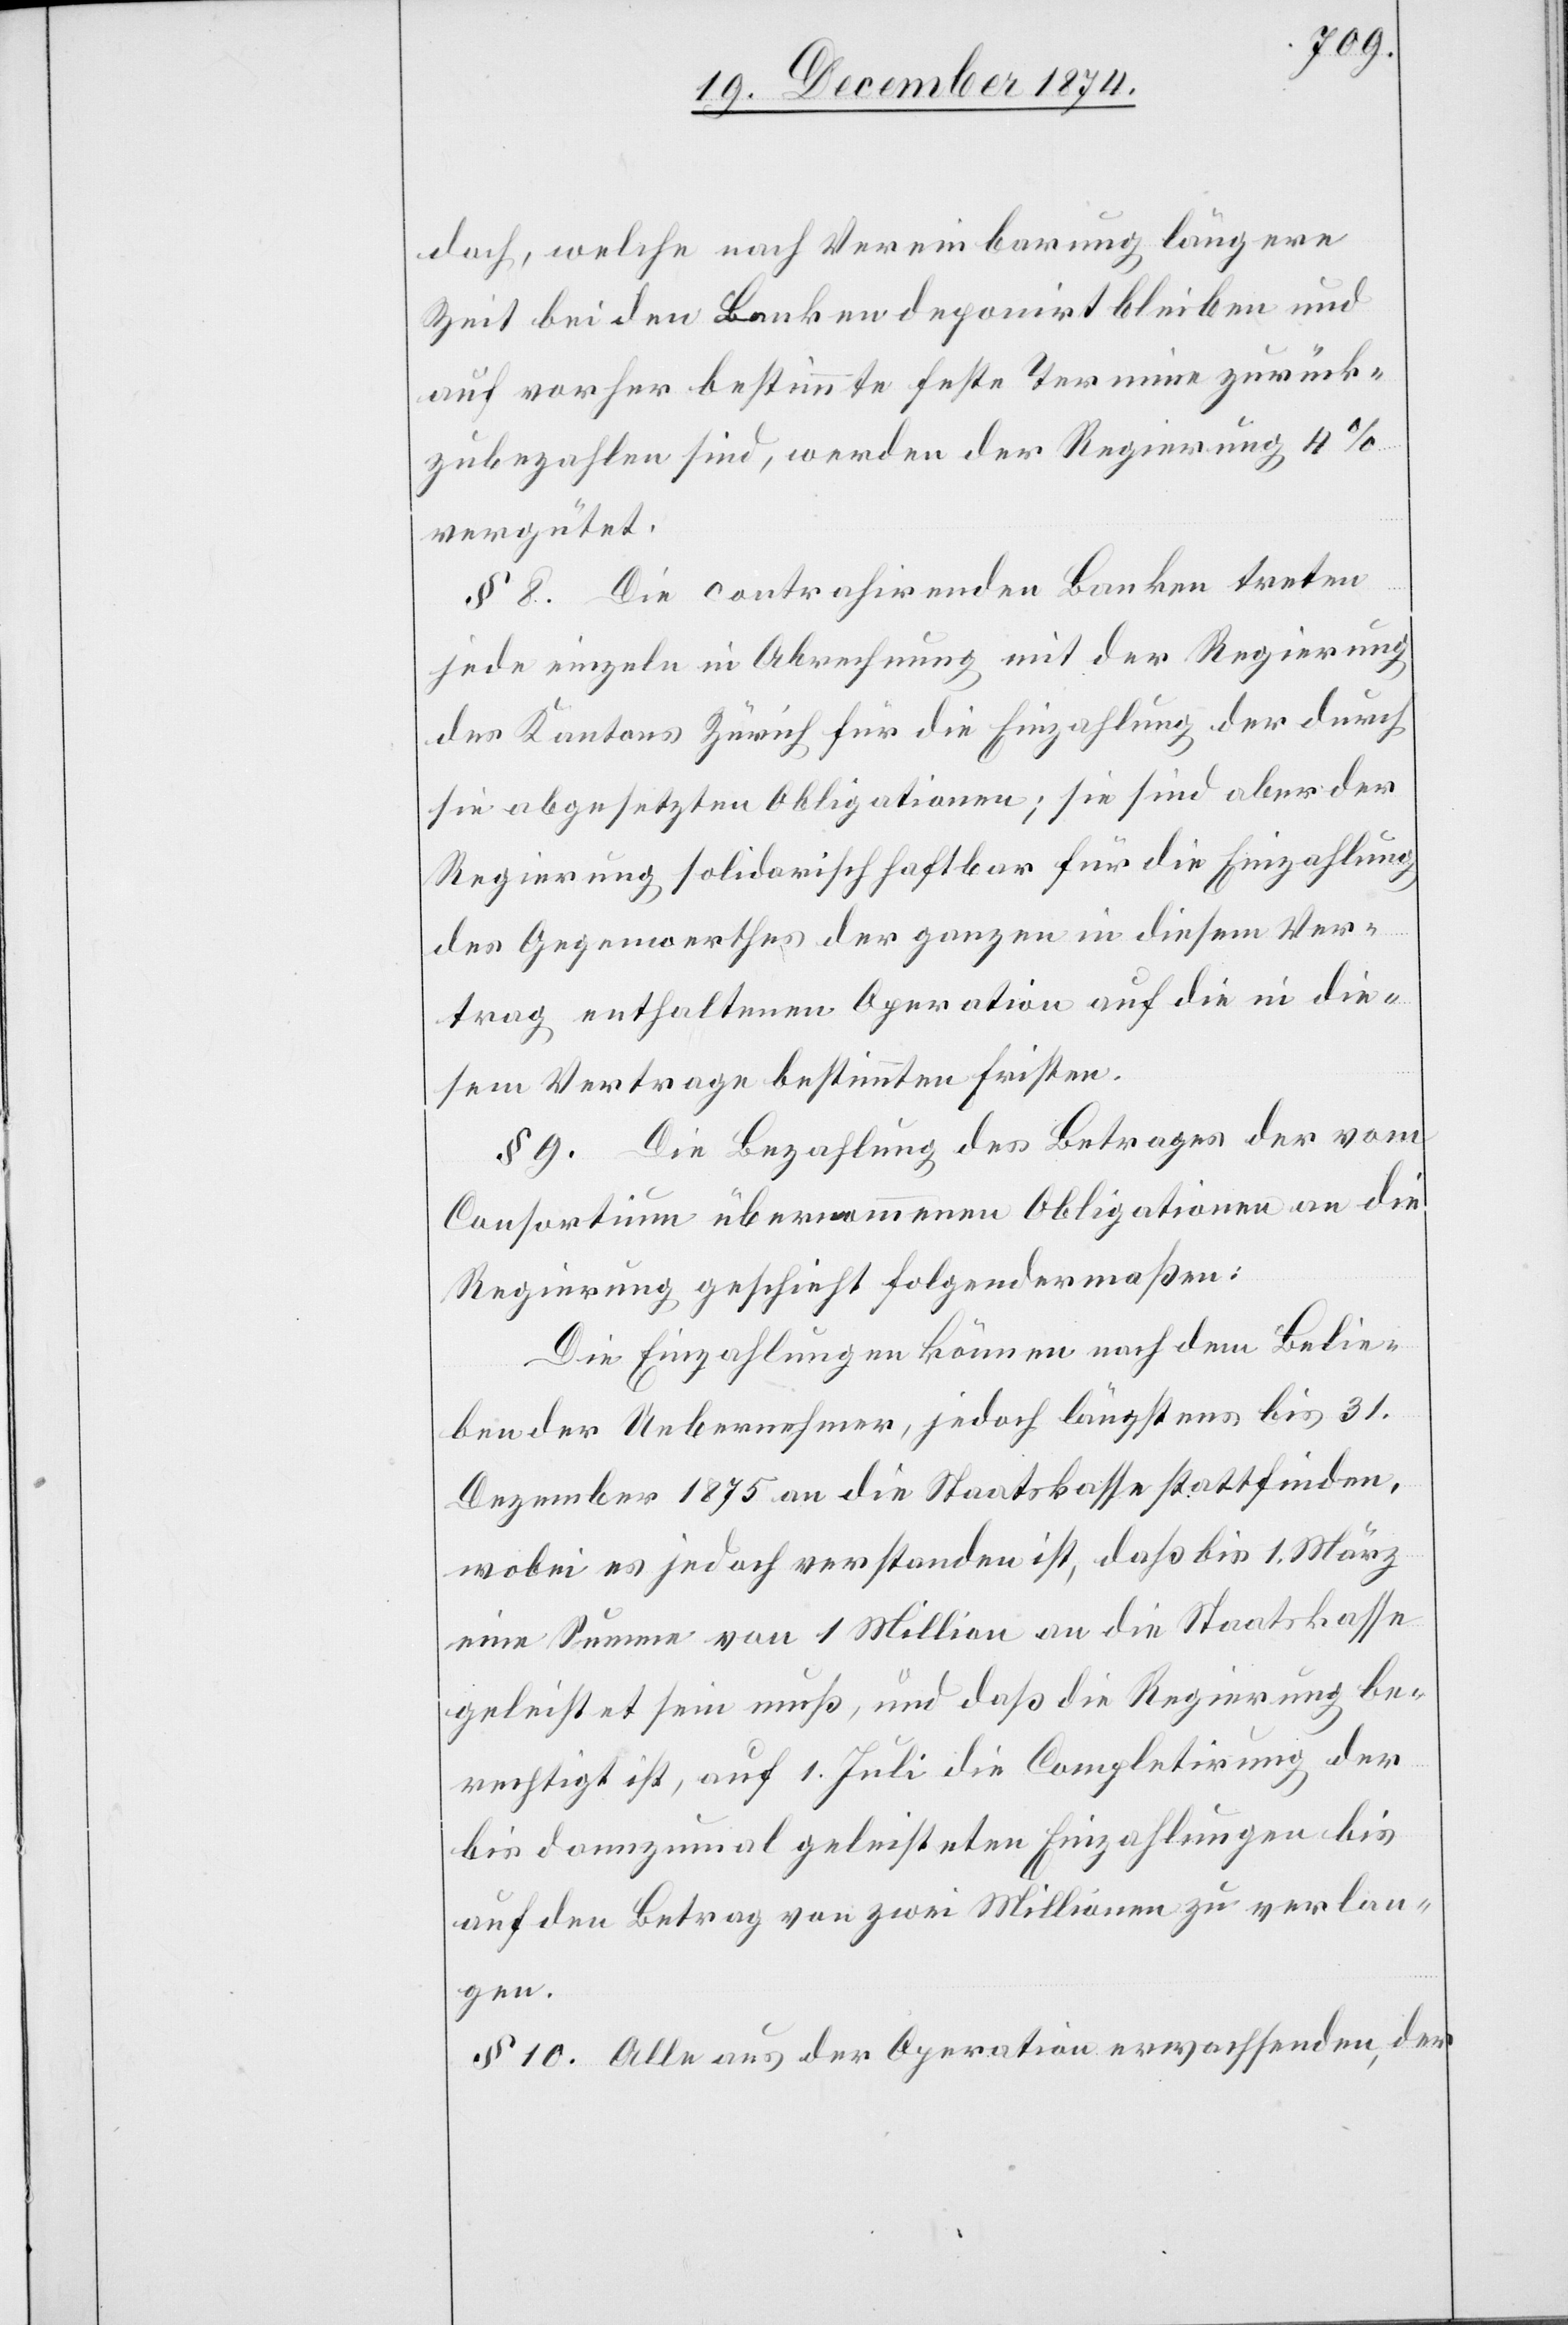
doch, welche nach Vereinbarung längere
Zeit bei den Banken deponirt bleiben und
auf vorher bestimmte feste Termine zurück¬
zubezahlen sind, werden der Regierung 4%
vergütet.
§ 8. Die contrahirenden Banken treten
jede einzeln in Abrechnung mit der Regierung
des Kantons Zürich für die Einzahlung der durch
sie abgesetzten Obligationen; sie sind aber der
Regierung solidarisch haftbar für die Einzahlung
des Gegenwerthes der ganzen in diesem Ver¬
trag enthaltenen Operation auf die in die¬
sem Vertrage bestimmten Fristen.
§ 9. Die Bezahlung des Betrages der vom
Consortium übernommenen Obligationen an die
Regierung geschieht folgendermaßen:
Die Einzahlungen können nach dem Belie¬
ben der Uebernehmer, jedoch längstens bis 31.
Dezember 1875 an die Staatskasse stattfinden,
wobei es jedoch verstanden ist, daß bis 1. März
eine Summe von 1 Million an die Staatskasse
geleistet sein muß, und daß die Regierung be¬
rechtigt ist, auf 1. Juli die Completirung der
bis dannzumal geleisteten Einzahlungen bis
auf den Betrag von zwei Millionen zu verlan¬
gen.
§ 10. Alle aus der Operation erwachsenden, der